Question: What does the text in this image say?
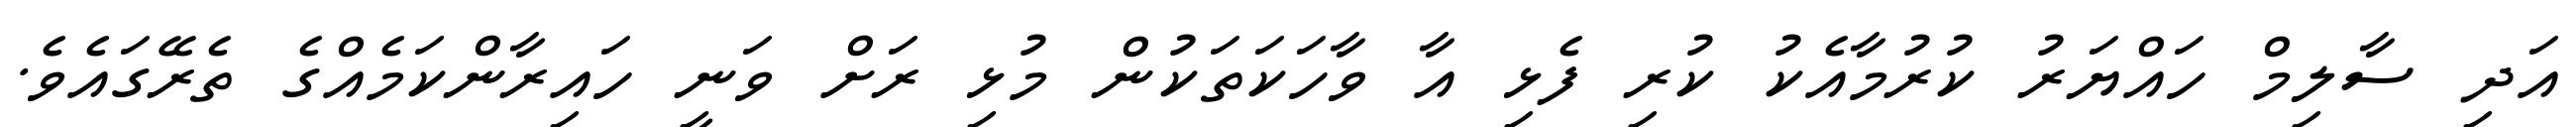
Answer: އަދި ސާލިމް ހައްޔަރު ކުރުމާއެކު ކުރި ފެޅި އާ ވާހަކަތަކުން މުޅި ރަށް ވަނީ ހައިރާންކަމެއްގެ ތެރޭގައެވެ.